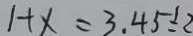
1 + x = 3 , 4 5 \div 2